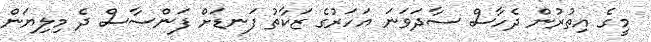
މީގެ އިތުރުުން ދެހާސް ސާދަވަނަ އަހަރުގެ ޒަކާތު ފަނޑަށް ފަންސާސް ދެ މިލިޔަން